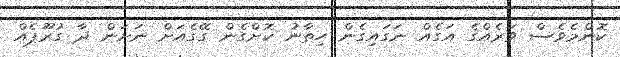
ކޮންމެވެސް ވަރެއްގެ އަގެއް ނަގައިގެން ހިތާނު ކޮށްގެން ގޭގެއަށް ނަށަން ދާ ގުރޫޕެއް